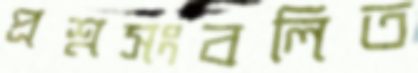
প্রশ্নসংবলিত